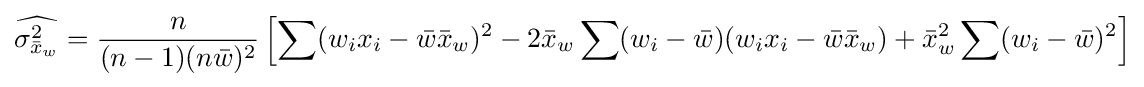
{\widehat {\sigma _{{\bar {x}}_{w}}^{2}}}={\frac {n}{(n-1)(n{\bar {w}})^{2}}}\left[\sum (w_{i}x_{i}-{\bar {w}}{\bar {x}}_{w})^{2}-2{\bar {x}}_{w}\sum (w_{i}-{\bar {w}})(w_{i}x_{i}-{\bar {w}}{\bar {x}}_{w})+{\bar {x}}_{w}^{2}\sum (w_{i}-{\bar {w}})^{2}\right]